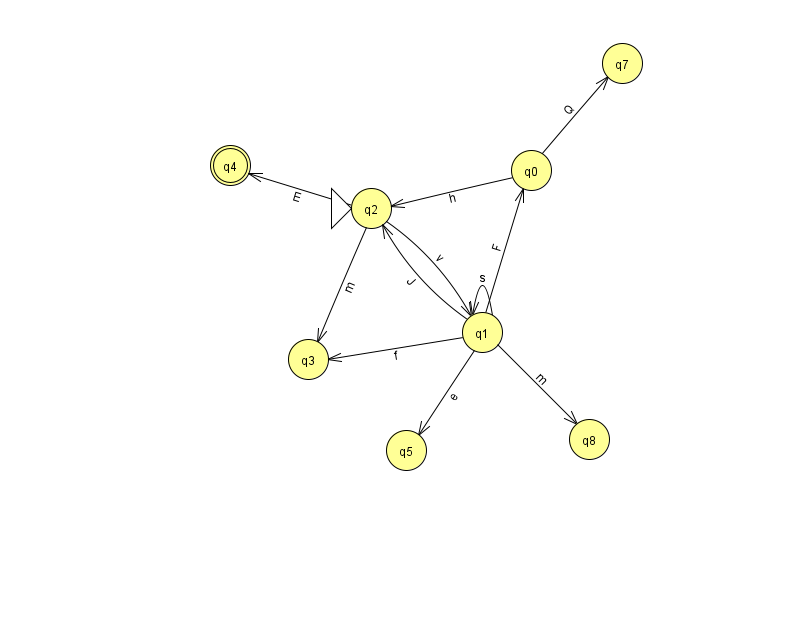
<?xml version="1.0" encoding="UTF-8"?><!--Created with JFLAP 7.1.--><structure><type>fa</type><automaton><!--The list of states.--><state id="0" name="q0"><x>531.0</x><y>157.0</y></state><state id="1" name="q1"><x>482.0</x><y>319.0</y></state><state id="2" name="q2"><x>371.0</x><y>195.0</y><initial/></state><state id="3" name="q3"><x>308.0</x><y>346.0</y></state><state id="4" name="q4"><x>230.0</x><y>152.0</y><final/></state><state id="5" name="q5"><x>406.0</x><y>437.0</y></state><state id="7" name="q7"><x>622.0</x><y>50.0</y></state><state id="8" name="q8"><x>589.0</x><y>426.0</y></state><!--The list of transitions.--><transition><from>1</from><to>5</to><read>e</read></transition><transition><from>2</from><to>4</to><read>E</read></transition><transition><from>0</from><to>7</to><read>Q</read></transition><transition><from>2</from><to>1</to><read>v</read></transition><transition><from>1</from><to>1</to><read>s</read></transition><transition><from>2</from><to>3</to><read>m</read></transition><transition><from>0</from><to>2</to><read>h</read></transition><transition><from>1</from><to>3</to><read>f</read></transition><transition><from>1</from><to>8</to><read>m</read></transition><transition><from>1</from><to>0</to><read>F</read></transition><transition><from>1</from><to>2</to><read>J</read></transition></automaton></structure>